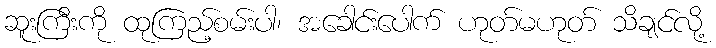
ဆူးကြီးကို ထုကြည့်စမ်းပါ၊ အခေါင်းပေါက် ဟုတ်မဟုတ် သိချင်လို့